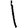
Digit: 1